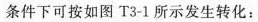
条件下可按如图T3-1所示发生转化：